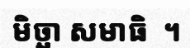
មិច្ឆា សមាធិ  ។